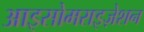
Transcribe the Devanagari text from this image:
आइसोमराइज़ेशन